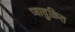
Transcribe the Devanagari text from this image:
जादुक्रित